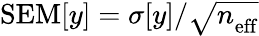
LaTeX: \mathrm{SEM}[y]=\sigma[y]/\sqrt{n_{\mathrm{eff}}^{\mathrm{}}}